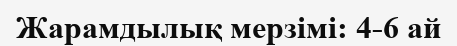
Жарамдылық мерзімі: 4-6 ай